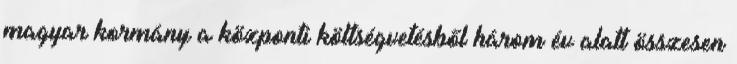
magyar kormány a központi költségvetésből három év alatt összesen